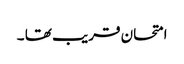
امتحان قریب تھا ۔